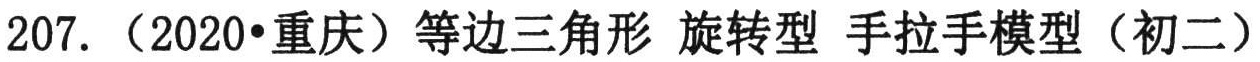
207. （2020•重庆）等边三角形 旋转型 手拉手模型（初二）